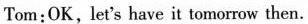
Tom:OK, let's have it tomorrow then.